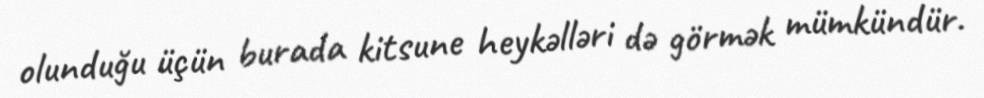
olunduğu üçün burada kitsune heykəlləri də görmək mümkündür.